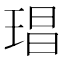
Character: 琩